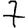
Digit: 7